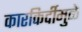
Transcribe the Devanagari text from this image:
कारकिर्दीमुळे